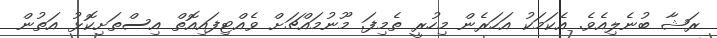
ރަޝާ ބުނެލިއެވެ. އެކަމަކު އަހަރެން މިހުރީ ތެމިފަ. މޫނުމައްޗަށް ވެއްޓިފައިއޮތް އިސްތަށިކޮޅު އަތުން